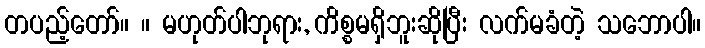
တပည့်တော်။ ။ မဟုတ်ပါဘုရား, ကိစ္စမရှိဘူးဆိုပြီး လက်မခံတဲ့ သဘောပါ။